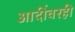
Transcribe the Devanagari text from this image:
आदींवरही